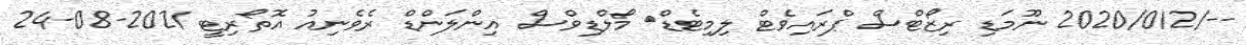
--/2020/012 ނޫމަޑި ރިޒޯޓްސް ޕްރައިވެޓް ލިމިޓެޑް	 މޯލްޑިވްސް އިންލަންޑް ރެވެނިއު އޮތޯރިޓީ 2021-08-24